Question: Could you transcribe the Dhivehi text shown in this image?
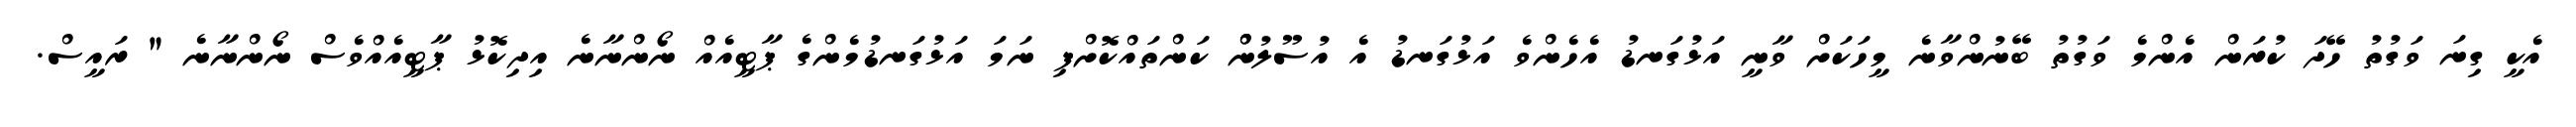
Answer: އެކީ ގިނަ ވަގުތު ހޭދަ ކުރަން އެންމެ ވަގުތު ބޭނުންވާނެ މީހަކަށް ވާނީ އަޅުގަނޑު އެހެންވެ އަޅުގަނޑު އެ އުސޫލުންް ކަންތައްކޮށްފި ނަމަ އަޅުގަނޑުމެންގެ ޕާޓީއެއް ނޯންނާނެ އިދިކޮޅު ޕާޓީއެއްވެސް ނޯންނާނެ " ރައީސް.